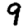
Digit: 9